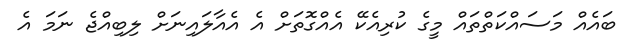
ބައެއް މަސައްކަތްތައް މީގެ ކުރިއެކޭ އެއްގޮތަށް އެ އެއާލައިނަށް ލިބިއްޖެ ނަމަ އެ